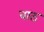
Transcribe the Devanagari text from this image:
वाठ